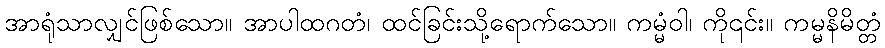
အာရုံသာလျှင်ဖြစ်သော။ အာပါထဂတံ၊ ထင်ခြင်းသို့ရောက်သော။ ကမ္မံဝါ၊ ကို၎င်း။ ကမ္မနိမိတ္တံ